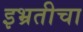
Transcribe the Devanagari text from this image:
इभ्रतीचा